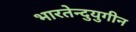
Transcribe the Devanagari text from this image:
भारतेन्दुयुगीन